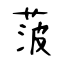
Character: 菠